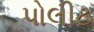
પોલીટ